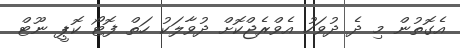
އެގޮތުން މި ދެ ދުވަހު އެވްރެޖްކޮށް ދުވާލަކު ހަތް ފޮޓޯ ކޮޕީ ނޫޓް